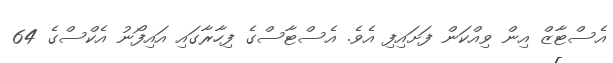
އެސްޓާޒް އިން ވިއްކަން ފަށައިފި އެވެ. އެސްޓާސްގެ ފިހާރާގައި އައިފޯނު އެކްސްގެ 64